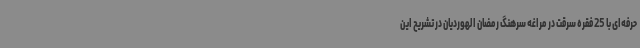
حرفه‌ای با 25 فقره سرقت در مراغه سرهنگ رمضان الهوردیان در تشریح این